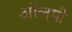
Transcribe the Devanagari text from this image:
ऑलमी